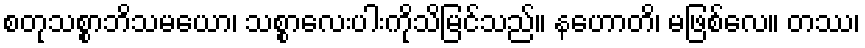
စတုသစ္စာဘိသမယော၊ သစ္စာလေးပါးကိုသိမြင်သည်။ နဟောတိ၊ မဖြစ်လေ။ တဿ၊